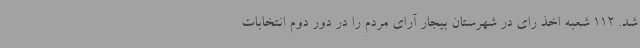
شد. 112 شعبه اخذ رای در شهرستان بیجار آرای مردم را در دور دوم انتخابات